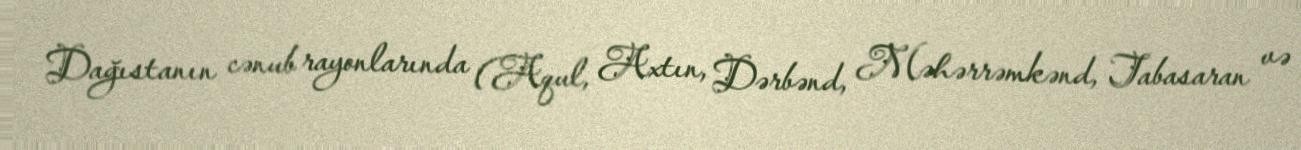
Dağıstanın cənub rayonlarında (Aqul, Axtın, Dərbənd, Məhərrəmkənd, Tabasaran və